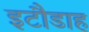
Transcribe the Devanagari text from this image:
इटौडाह